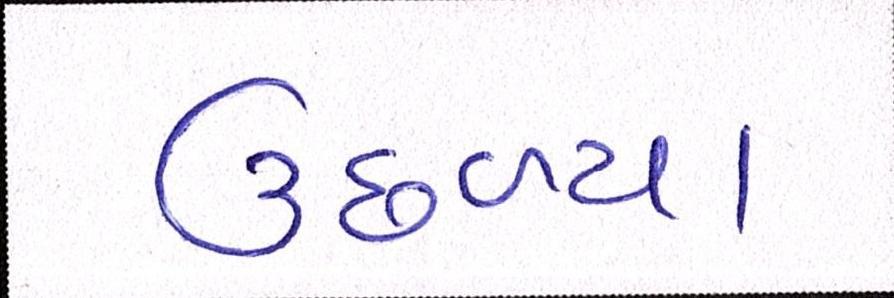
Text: ઉછળ્યા